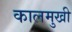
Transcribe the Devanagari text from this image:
कालमुखी